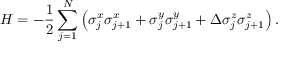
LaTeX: H = - \frac { 1 } { 2 } \sum _ { j = 1 } ^ { N } \left( \sigma _ { j } ^ { x } \sigma _ { j + 1 } ^ { x } + \sigma _ { j } ^ { y } \sigma _ { j + 1 } ^ { y } + \Delta \sigma _ { j } ^ { z } \sigma _ { j + 1 } ^ { z } \right) .